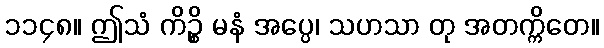
၁၁၄၈။ ဤသံ ကိဉ္စိ မနံ အပ္ပေ၊ သဟသာ တု အတက္ကိတေ။